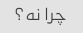
چرا نه؟